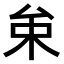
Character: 𠫩